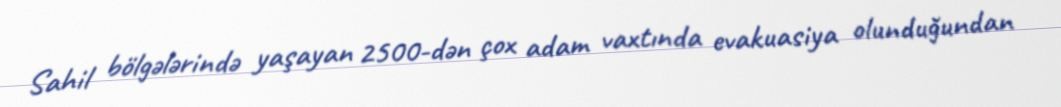
Sahil bölgələrində yaşayan 2500-dən çox adam vaxtında evakuasiya olunduğundan